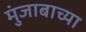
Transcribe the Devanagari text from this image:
मुंजाबाच्या